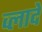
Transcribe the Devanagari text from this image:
व्लादे